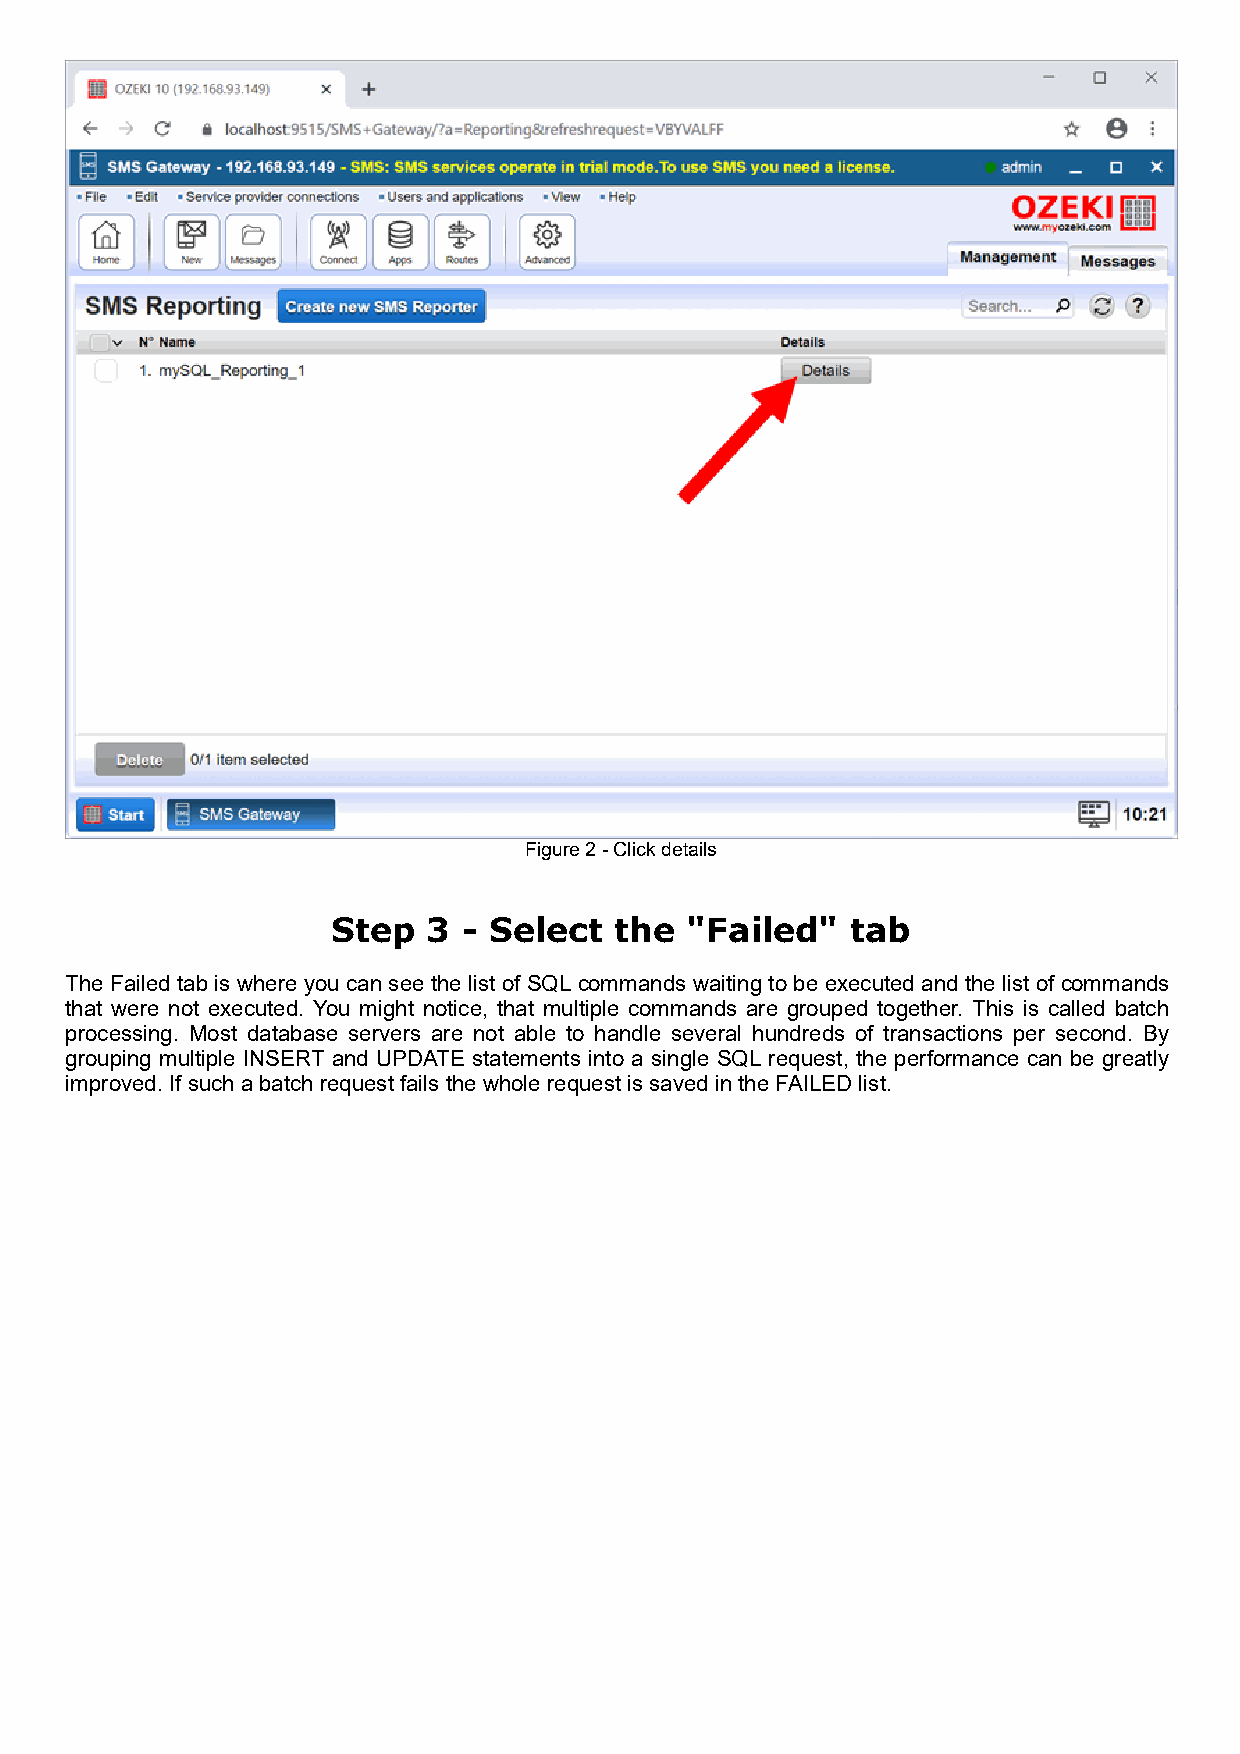
Figure 2 - Click details
 Step  3  - Select  the "Failed"   tab
 The Failed tab is where you can see the list of SQL commands waiting to be executed and the list of commands
 that were not executed. You might notice, that multiple commands are grouped together. This is called batch
 processing. Most database servers are not able to handle several hundreds of transactions per second. By
 grouping multiple INSERT and UPDATE statements into a single SQL request, the performance can be greatly
 improved. If such a batch request fails the whole request is saved in the FAILED list.